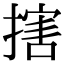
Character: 搳